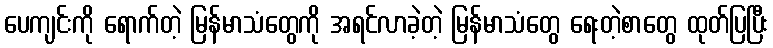
ပေကျင်းကို ရောက်တဲ့ မြန်မာသံတွေကို အရင်လာခဲ့တဲ့ မြန်မာသံတွေ ရေးတဲ့စာတွေ ထုတ်ပြပြီး